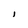
Character: l